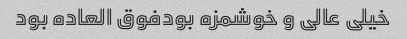
خیلی عالی و‌ خوشمزه بودفوق العاده بود